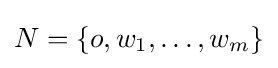
N=\{o,w_{1},\ldots ,w_{m}\}